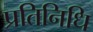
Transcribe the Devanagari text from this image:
प्रतिनिधि